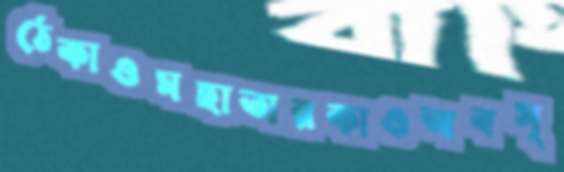
ঠেকাওমহাতারকাওঅবস্